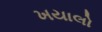
ખયાલો